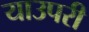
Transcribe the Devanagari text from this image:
याउपरी